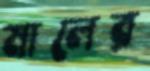
মালের